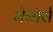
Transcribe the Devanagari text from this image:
गेबोर्स